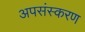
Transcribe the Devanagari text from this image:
अपसंस्करण